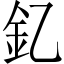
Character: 釔